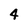
Character: 4